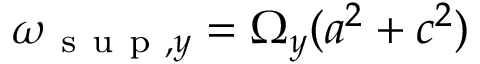
\omega _ { \mathrm { ~ s ~ u ~ p ~ } , y } = \Omega _ { y } ( a ^ { 2 } + c ^ { 2 } )